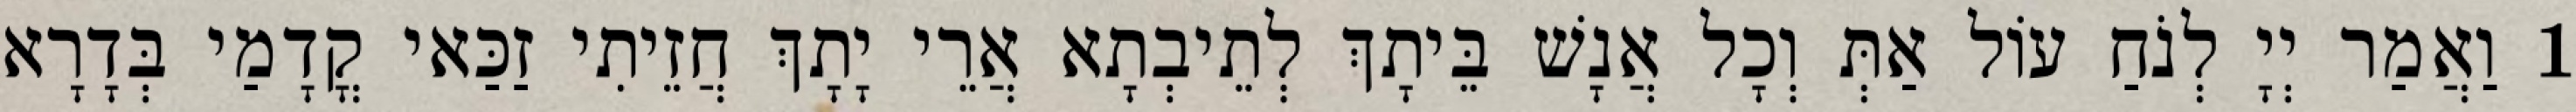
1 וַאֲמַר יְיָ לְנֹחַ עוֹל אַתְּ וְכָל אֲנָשׁ בֵּיתָךְ לְתֵיבְתָא אֲרֵי יָתָךְ חֲזֵיתִי זַכַּאי קֳדָמַי בְּדָרָא